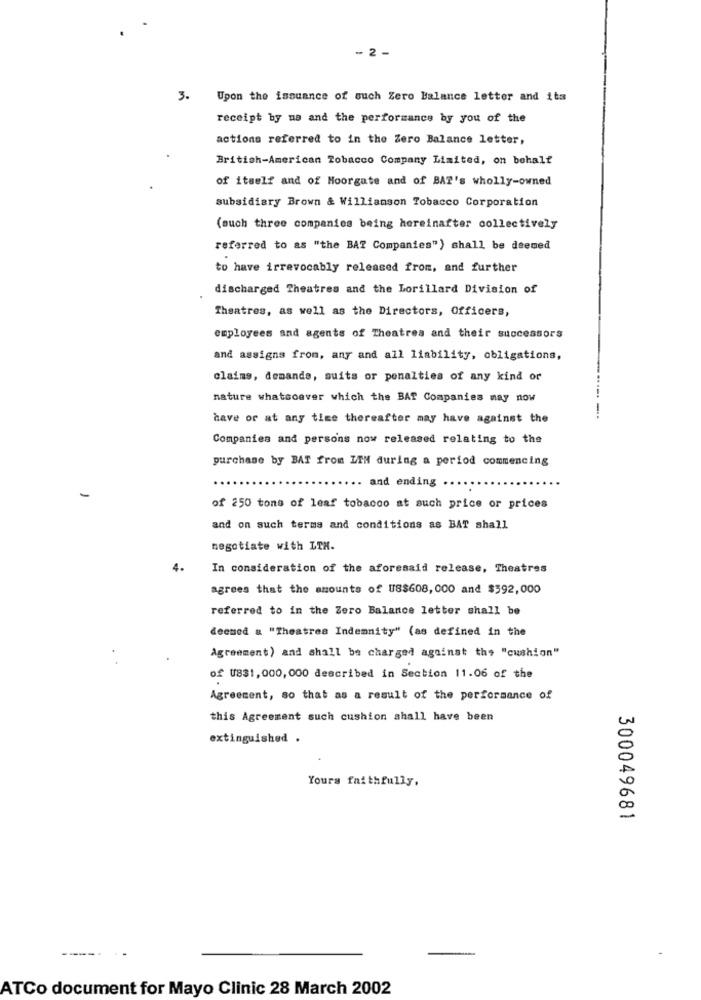
- 2 -
3.
Upon the issuance of such Zero Balance letter and its
receipt by na and the performance by you of the
actions referred to in the Zero Balance letter,
British-American Tobacco Company Limited, on behalf
of itself and of Moorgate and of BAT's wholly-owned
subsidiary Brown & Williamson Tobacco Corporation
(such three companies being hereinafter collectively
referred to as "the BAT Companies") shall be deemed
to have irrevocably released from, and further
discharged Theatres and the Lorillard Division of
Theatres, as well as the Directors, Officers,
employees and agents of Theatres and their successors
and assigns from, any and all liability, obligations,
claims, demande, suits or penalties of any kind or
nature whatsoever which the BAT Companies may now
have or at any time thereafter may have against the
-.
Companies and persons now released relating to the
purchase by BAT from LIM during a period commencing
.. and ending ..
-
of 250 tons of leaf tobacco at such price or prices
and on such terms and conditions as BAT shall
negotiate with LIH.
4.
In consideration of the aforesaid release, Theatres
agrees that the amounts of US$608, 000 and $592,000
referred to in the Zero Balance letter shall be
deemed a "Theatres Indemnity" (as defined in the
Agreement) and shall be charged against the "cushion"
of US$1, 000, 000 described in Section 11.06 of the
Agreement, so that as a result of the performance of
this Agreement such cushion shall have been
extinguished .
Yours faithfully,
300049681
----
ATCo document for Mayo Clinic 28 March 2002